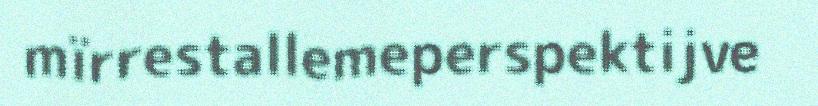
mïrrestallemeperspektijve